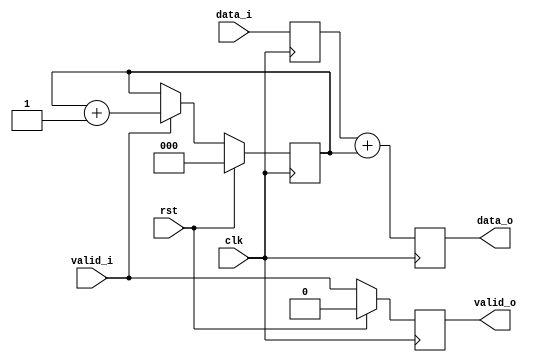
module rst_good
  (input clk,
   input 	   rst,
   input 	   valid_i,
   input [3:0] 	   data_i,
   output reg	   valid_o,
   output reg [3:0] data_o);

   reg [2:0] 	count;
   reg [3:0] 	data_r;

   always @(posedge clk) begin
      begin
	 if (valid_i)
	   count <= count + 1;
	 data_r  <= data_i;
	 data_o  <= data_r + count;
	 valid_o <= valid_i;

      end
      if (rst) begin
	 //data_o  <= 4'd0;
	 //data_r  <= 4'd0;
	 valid_o <= 1'b0;
	 count   <= 3'd0;
      end
   end
endmodule